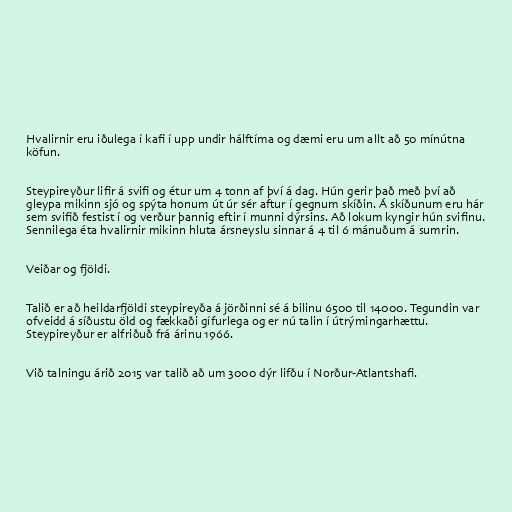
Hvalirnir eru iðulega í kafi í upp undir hálftíma og dæmi eru um allt að 50 mínútna
köfun.

Steypireyður lifir á svifi og étur um 4 tonn af því á dag. Hún gerir það með því að
gleypa mikinn sjó og spýta honum út úr sér aftur í gegnum skíðin. Á skíðunum eru hár
sem svifið festist í og verður þannig eftir í munni dýrsins. Að lokum kyngir hún svifinu.
Sennilega éta hvalirnir mikinn hluta ársneyslu sinnar á 4 til 6 mánuðum á sumrin.

Veiðar og fjöldi.

Talið er að heildarfjöldi steypireyða á jörðinni sé á bilinu 6500 til 14000. Tegundin var
ofveidd á síðustu öld og fækkaði gífurlega og er nú talin í útrýmingarhættu.
Steypireyður er alfriðuð frá árinu 1966.

Við talningu árið 2015 var talið að um 3000 dýr lifðu í Norður-Atlantshafi.